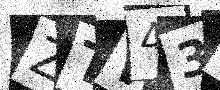
Text: ZTW43Y